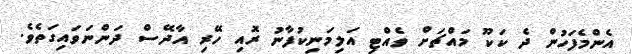
އެންމެފަހުން ދެ ކަކޫ މައްޗަށް ވެއްޓި އަލިމަނިކުފާނު ރޮއި ހޭރި އާދޭސް ދަންނަވައިގަތެވެ.